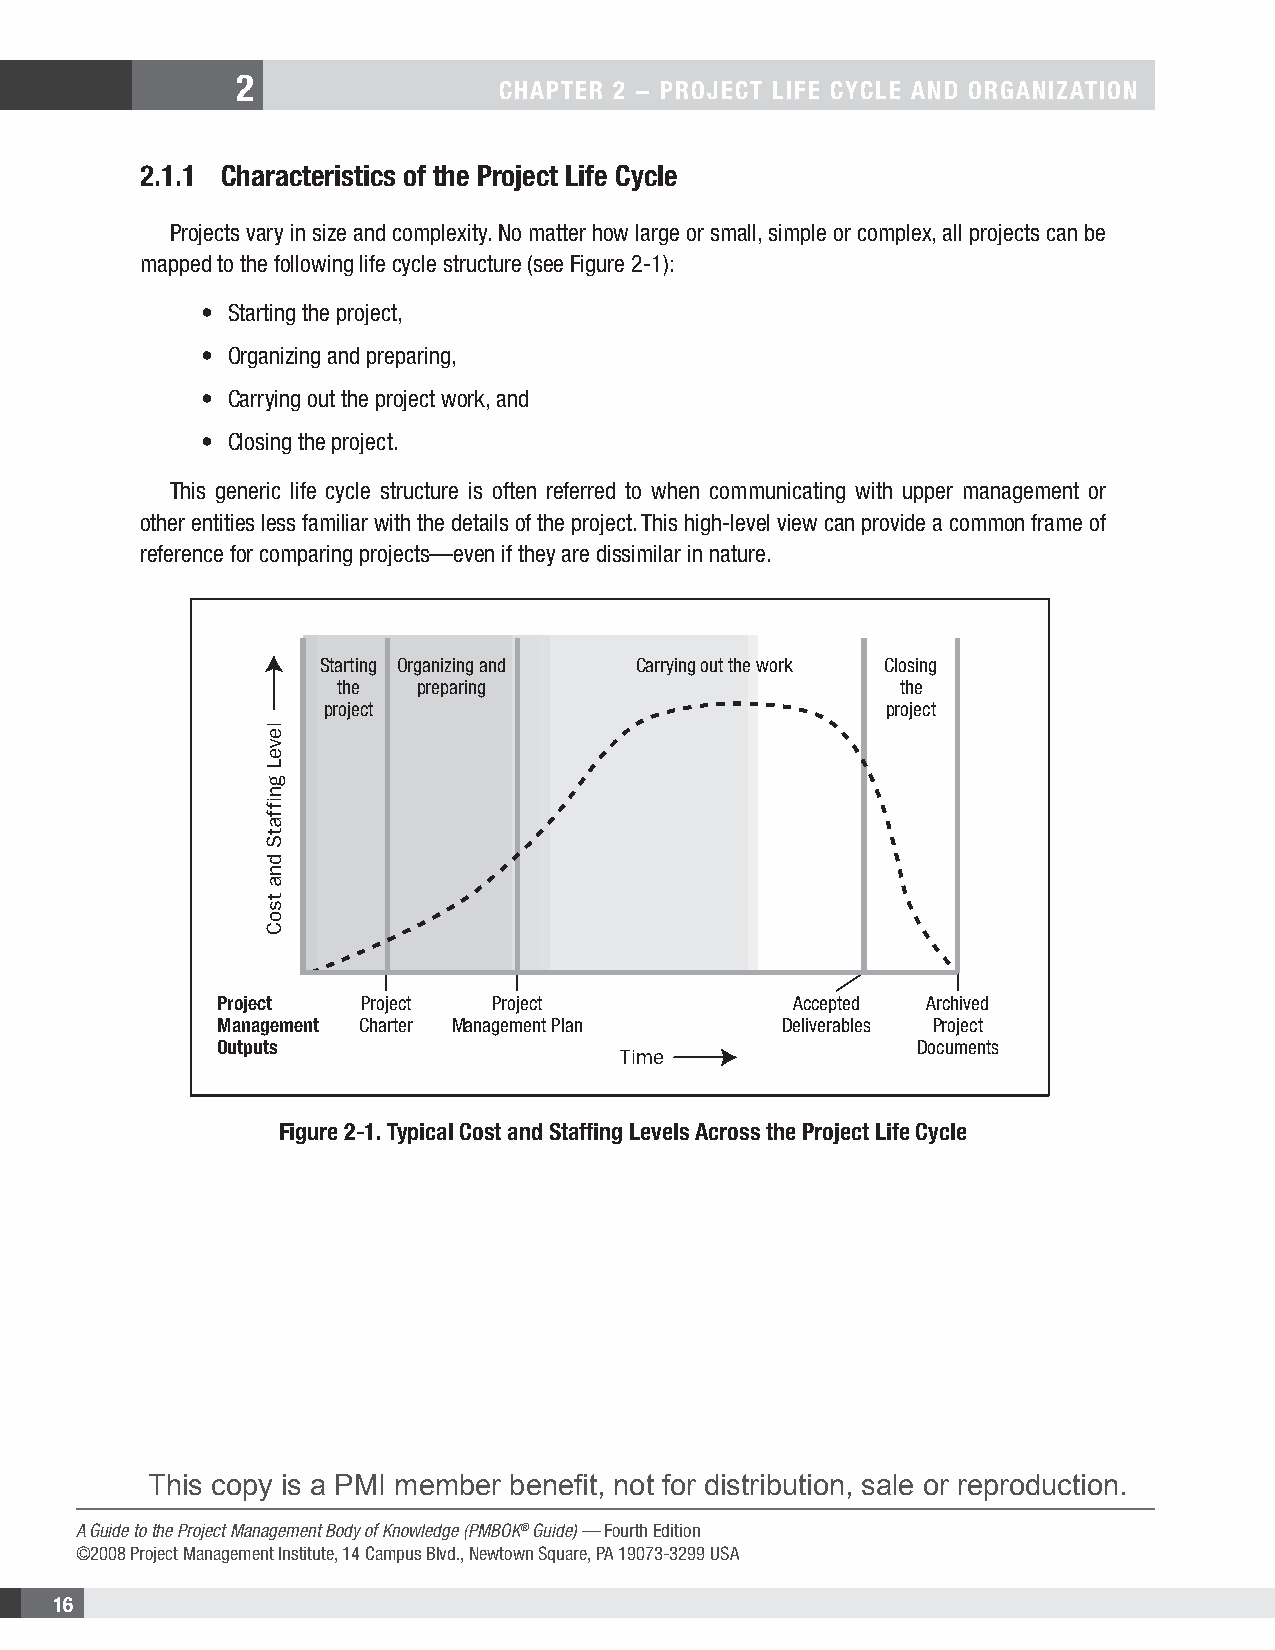
2
 CHAPTER 2 − PROJECT LIFE CYCLE AND ORGANIZATION
 2.1.1 Characteristics of the Project Life Cycle
 Projects vary in size and complexity. No matter how large or small, simple or complex, all projects can be
 mapped to the following life cycle structure (see Figure 2-1):
 • Starting the project,
 • Organizing and preparing,
 • Carrying out the project work, and
 • Closing the project.
 This generic life cycle structure is often referred to when communicating with upper management or
 other entities less familiar with the details of the project. This high-level view can provide a common frame of
 reference for comparing projects—even if they are dissimilar in nature.
 Starting Organizing and Carrying out the work Closing
 the   preparing                       the
 project                              project
 Project  Project  Project             Accepted Archived
 Management Charter Management Plan   Deliverables Project
 Outputs                                       Documents
 Time
 Figure 2-1. Typical Cost and Staffing Levels Across the Project Life Cycle
 This copy is a PMI member benefit, not for distribution, sale or reproduction.
 A Guide to the Project Management Body of Knowledge (PMBOK® Guide) — Fourth Edition
 ©2008 Project Management Institute, 14 Campus Blvd., Newtown Square, PA 19073-3299 USA
 16
 leveL
 gniffatS
 dna
 tsoC